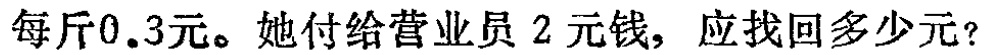
每斤0.3元。她付给营业员 2 元钱，应找回多少元？